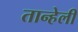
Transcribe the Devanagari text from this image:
तान्हेली